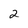
Character: 2